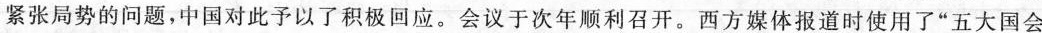
紧张局势的问题，中国对此予以了积极回应。会议于次年顺利召开。西方媒体报道时使用了”五大国会